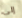
إلى